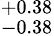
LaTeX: ^{+0.38}_{-0.38}